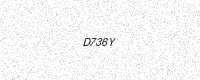
Text: D736Y